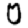
Digit: 0